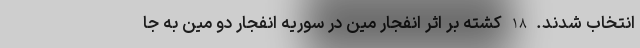
انتخاب شدند. 18 کشته بر اثر انفجار مین در سوریه انفجار دو مین به جا